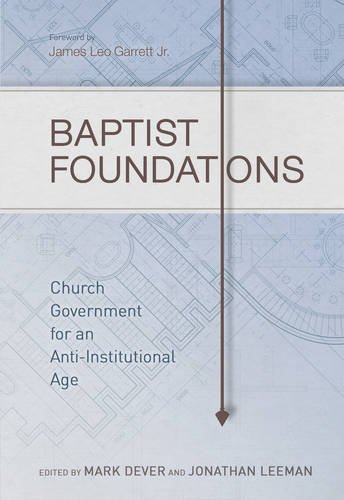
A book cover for Baptist Foundations: Church Government for an Anti-Institutional Age; Christian Books & Bibles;